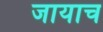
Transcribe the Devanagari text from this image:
जायाच